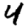
Digit: 4